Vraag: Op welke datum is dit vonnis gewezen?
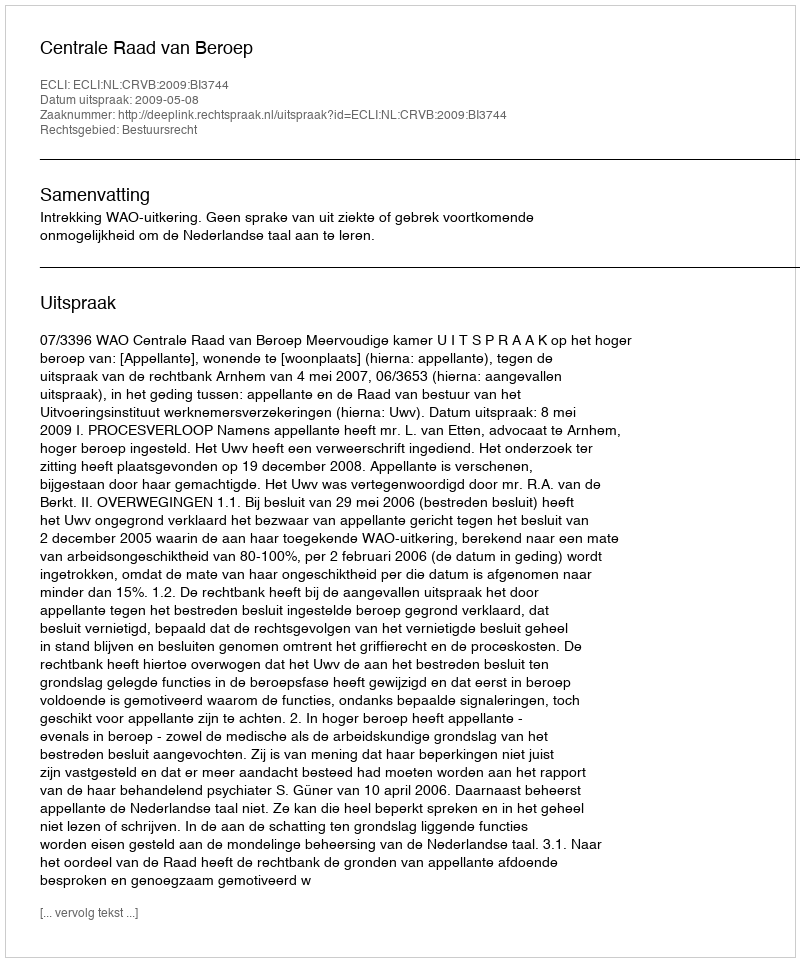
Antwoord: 2009-05-08